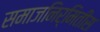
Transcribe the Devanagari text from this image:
समाजनिर्मितीस